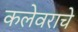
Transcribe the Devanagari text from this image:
कलेवराचे